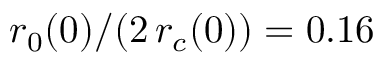
r _ { 0 } ( 0 ) / ( 2 \, r _ { c } ( 0 ) ) = 0 . 1 6